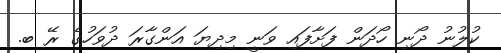
ކުލުނު ދޯނި ހޯދަން ފަށާފައި ވަނީ މިދިޔަ އަންގާރަ ދުވަހުގެ ރޭ ބ.